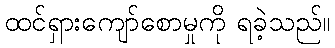
ထင်ရှားကျော်စောမှုကို ရခဲ့သည်။